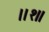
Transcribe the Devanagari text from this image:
।।१॥